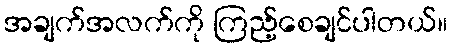
အချက်အလက်ကို ကြည့်စေချင်ပါတယ်။